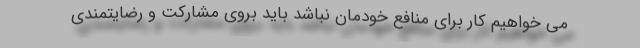
می خواهیم کار برای منافع خودمان نباشد باید بروی مشارکت و رضایتمندی